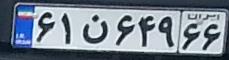
۶۱ن۶۴۹۶۶